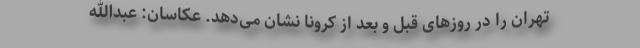
تهران را در روزهای قبل و بعد از کرونا نشان می‌دهد. عکاسان: عبدالله